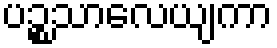
ပဉ္စသာလေယျကာ